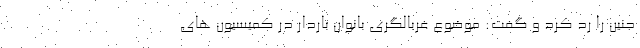
جنین را رد کرد و گفت: موضوع غربالگری بانوان باردار در کمیسیون های